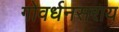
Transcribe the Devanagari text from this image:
गोवर्धनसराय